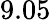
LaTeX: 9.05